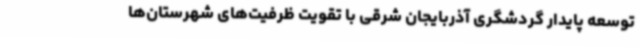
توسعه پایدار گردشگری آذربایجان شرقی با تقویت ظرفیت‌های شهرستان‌ها